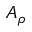
A _ { \rho }